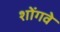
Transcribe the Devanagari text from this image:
शोंगवे